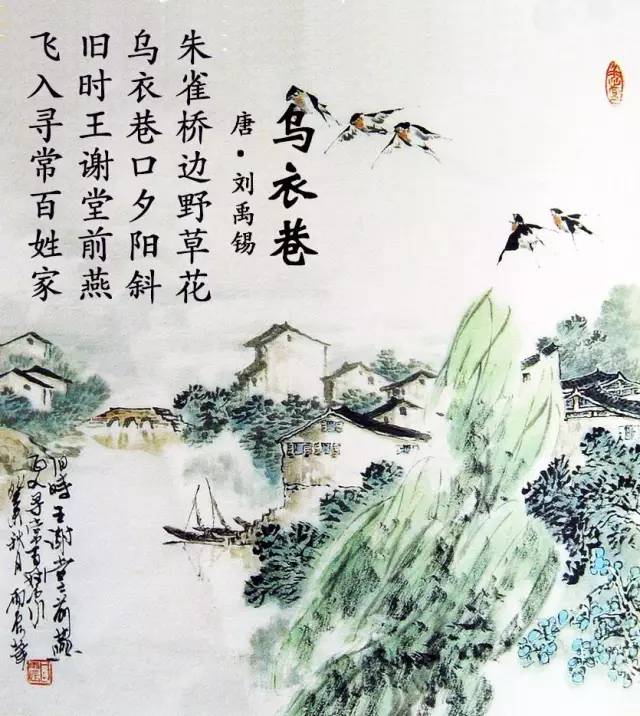
旧时王谢堂前燕子，飞向谁家。